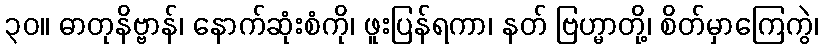
၃၀။ ဓာတုနိဗ္ဗာန်၊ နောက်ဆုံးစံကို၊ ဖူးပြန်ရကာ၊ နတ် ဗြဟ္မာတို့၊ စိတ်မှာကြေကွဲ၊